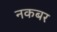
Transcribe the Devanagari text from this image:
नकबर